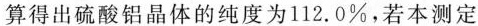
算得出硫酸铝晶体的纯度为112.0\%，若本测定